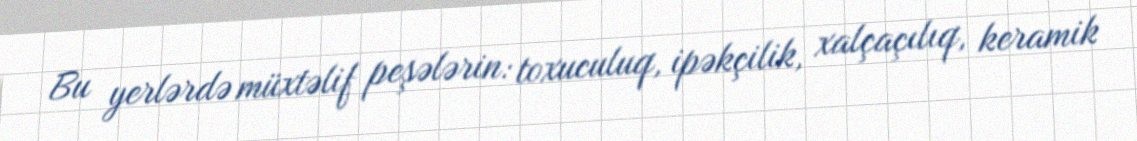
Bu yerlərdə müxtəlif peşələrin: toxuculuq, ipəkçilik, xalçaçılıq, keramik